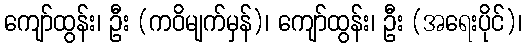
ကျော်ထွန်း၊ ဦး (ကဝိမျက်မှန်)၊ ကျော်ထွန်း၊ ဦး (အရေးပိုင်)၊